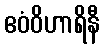
ဧဝံဝိဟာရိနီ